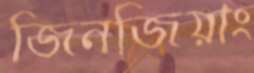
জিনজিয়াং